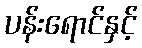
ပန်းရောင်နှင့်